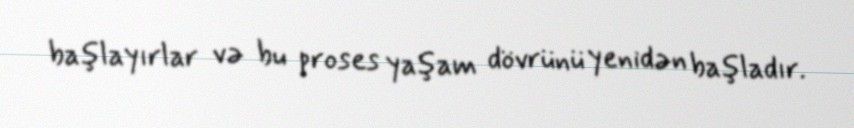
başlayırlar və bu proses yaşam dövrünü yenidən başladır.